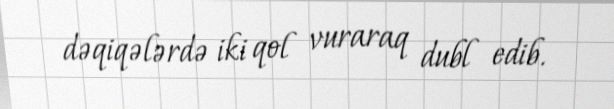
dəqiqələrdə iki qol vuraraq dubl edib.